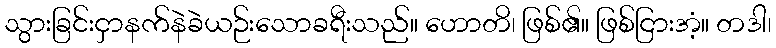
သွားခြင်းငှာနက်နဲခဲယဉ်းသောခရီးသည်။ ဟောတိ၊ ဖြစ်၏။ ဖြစ်ငြားအံ့။ တဒါ၊